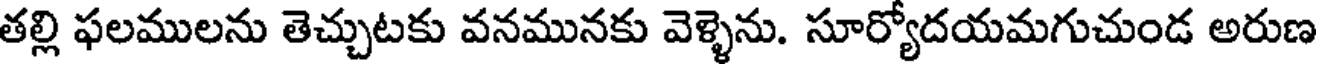
తల్లి ఫలములను తెచ్చుటకు వనమునకు వెళ్ళెను. సూర్యోదయమగుచుండ అరుణ